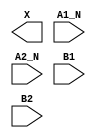
module sky130_fd_sc_hdll__a2bb2o (
    X   ,
    A1_N,
    A2_N,
    B1  ,
    B2
);

    output X   ;
    input  A1_N;
    input  A2_N;
    input  B1  ;
    input  B2  ;

    // Voltage supply signals
    supply1 VPWR;
    supply0 VGND;
    supply1 VPB ;
    supply0 VNB ;

endmodule